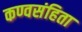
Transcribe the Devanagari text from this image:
कण्वसंहिता